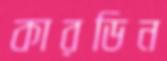
কারডিন